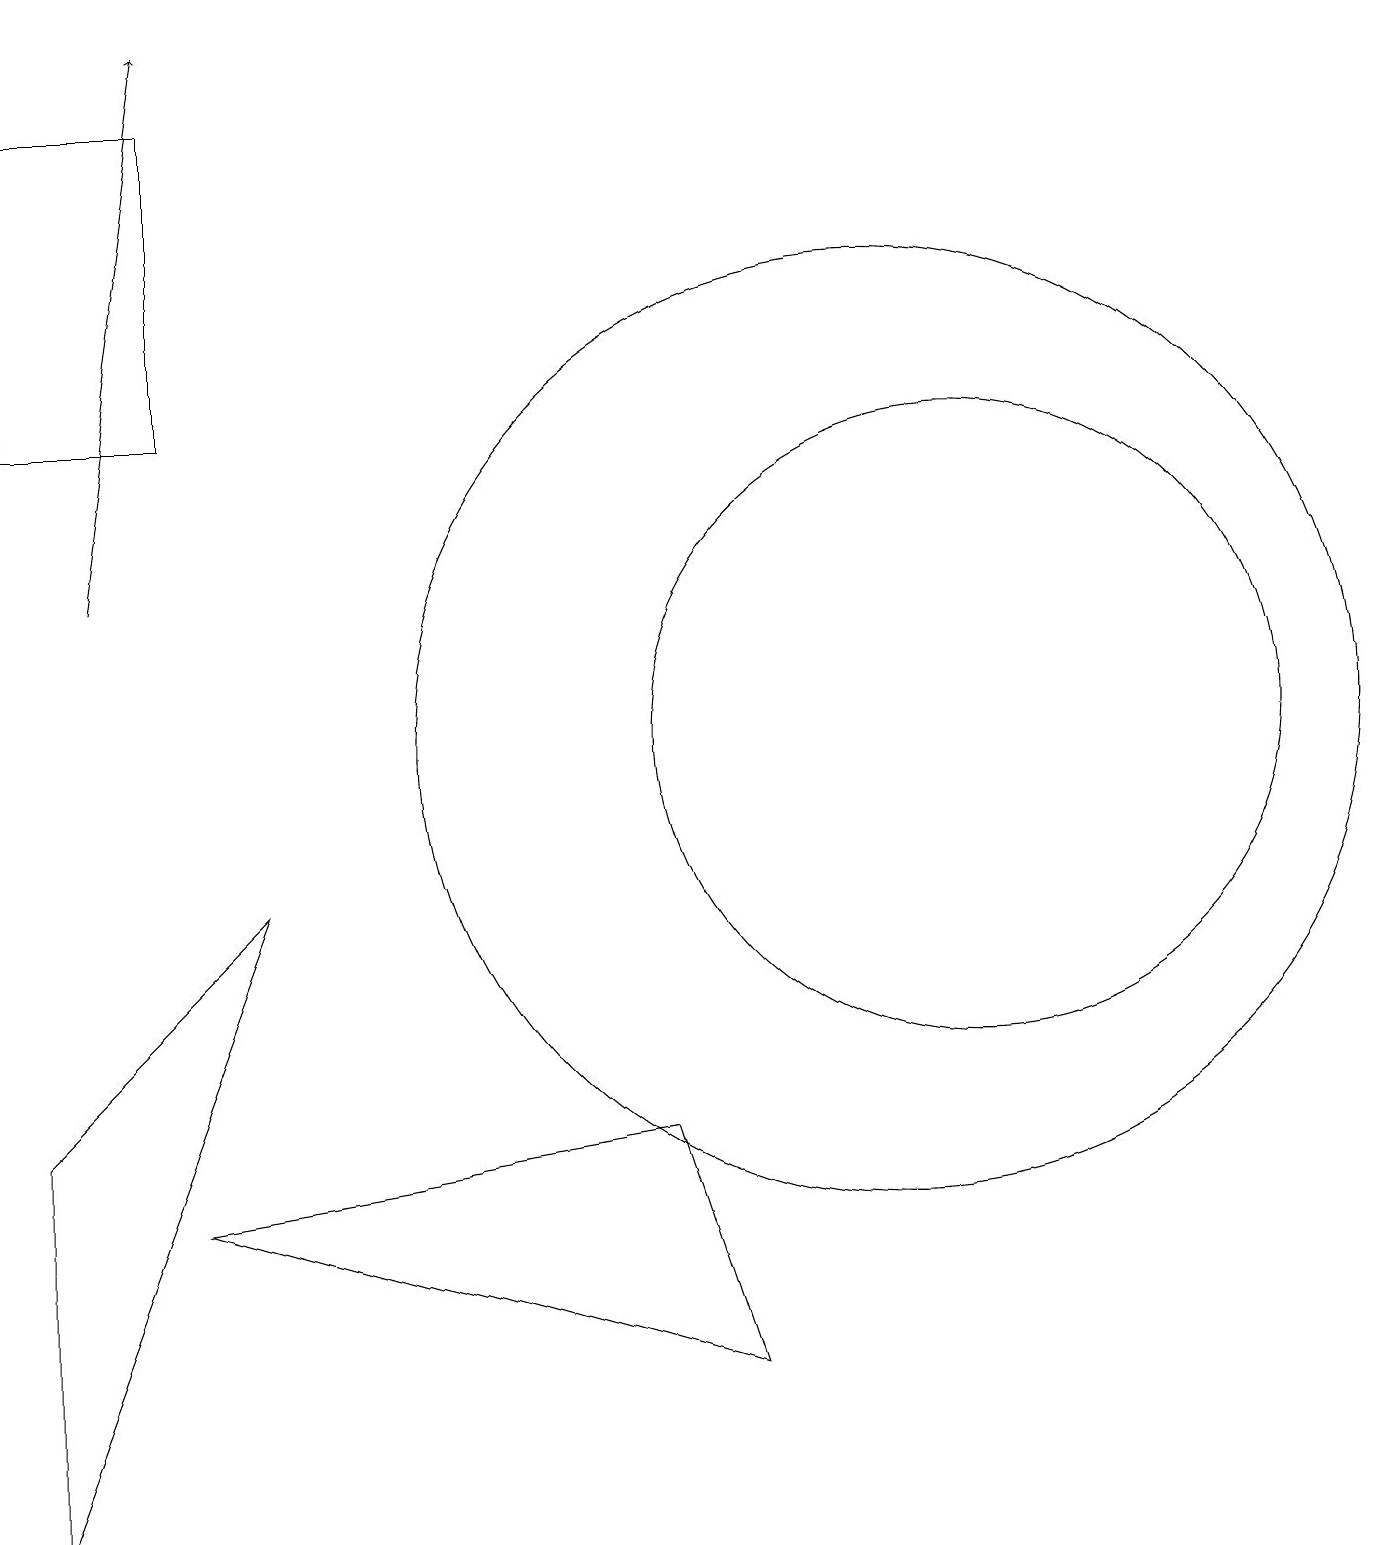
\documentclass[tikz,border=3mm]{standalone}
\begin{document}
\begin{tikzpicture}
\draw (0,18) rectangle (2,14);
\draw[->] (1,12) -- (2,19);
\draw (2,4) -- (8,5) -- (9,2) -- cycle;
\draw (11,10) circle (6);
\draw (12,10) circle (4);
\draw (0,5) -- (3,8) -- (0,0) -- cycle;
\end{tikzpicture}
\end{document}